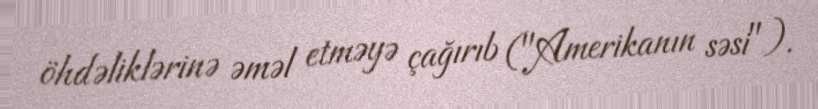
öhdəliklərinə əməl etməyə çağırıb ("Amerikanın səsi").